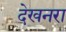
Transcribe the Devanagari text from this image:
देखनरा